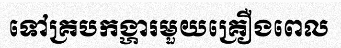
ទៅគ្របកង្ហារមួយគ្រឿងពេល